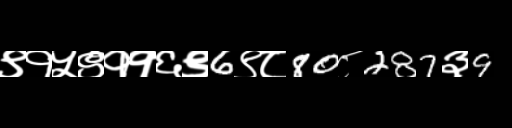
Text: ९१५९११६९6९८80८287३9